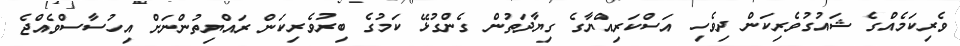
ވެރިކަމެއްގެ ޝައުގުވެރިކަން ދިވެހި އަސްކަރިއްޔާގެ ގިޔާދަތުން ގެންގުޅޭ ކަމުގެ ބިރުވެރިކަން ރައްޔިތުންނަށް އިހުސާސްވެއްޖެ